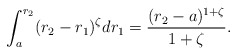
\begin{align*}\int_a^{r_2} (r_2-r_1)^\zeta dr_1= \frac{(r_2-a)^{1+\zeta}}{1+\zeta}.\end{align*}